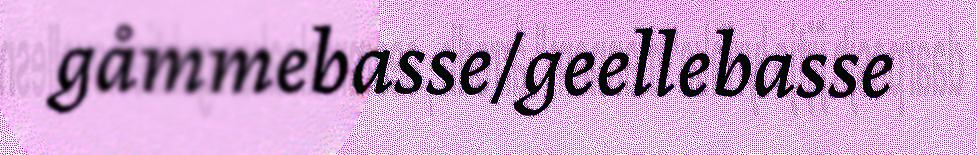
gåmmebasse/geellebasse